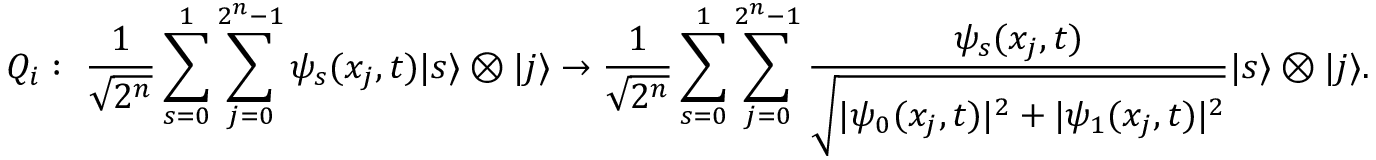
Q _ { i } : ~ \frac { 1 } { \sqrt { 2 ^ { n } } } \sum _ { s = 0 } ^ { 1 } \sum _ { j = 0 } ^ { 2 ^ { n } - 1 } \psi _ { s } ( x _ { j } , t ) | s \rangle \otimes | j \rangle \to \frac { 1 } { \sqrt { 2 ^ { n } } } \sum _ { s = 0 } ^ { 1 } \sum _ { j = 0 } ^ { 2 ^ { n } - 1 } \frac { \psi _ { s } ( x _ { j } , t ) } { \sqrt { | \psi _ { 0 } ( x _ { j } , t ) | ^ { 2 } + | \psi _ { 1 } ( x _ { j } , t ) | ^ { 2 } } } | s \rangle \otimes | j \rangle .